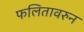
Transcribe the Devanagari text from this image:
फलितावरुन